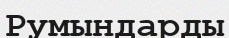
Румындарды